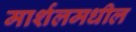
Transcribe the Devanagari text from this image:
मार्शलमधील